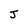
Character: J